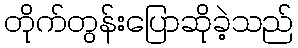
တိုက်တွန်းပြောဆိုခဲ့သည်